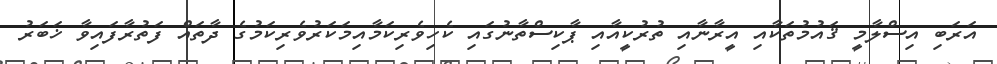
އަރަބި އިސްލާމީ ޤައުމުތަކާއި އީރާނާއި ތުރުކީއާއި ޕާކިސްތާނުގައި ކެހިވެރިކަމާއިމަކަރުވެރިކަމުގެ ދާތައް ފަތުރާފައިވާ ޚަބަރު